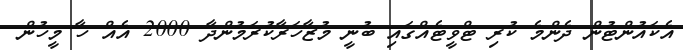
އެކައުންޓުން ދެންމެ ކުރި ޓްވީޓެއްގައި ބުނީ މުޒާހަރާކުރަމުންދާ 2000 އެއް ހާ މީހުން